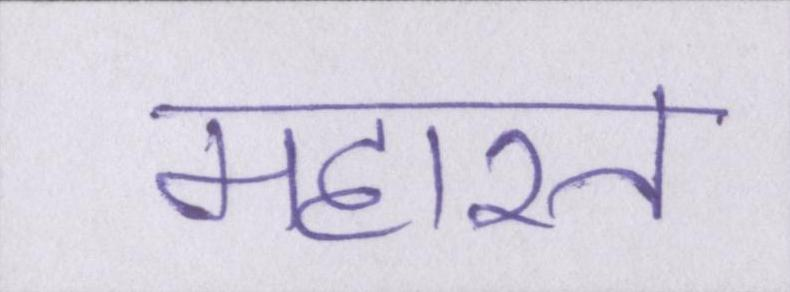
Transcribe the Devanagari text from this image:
महारत